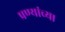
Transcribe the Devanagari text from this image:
प्रण्यांच्या